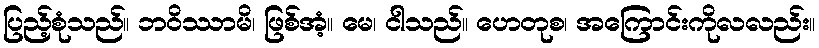
ပြည့်စုံသည်။ ဘဝိဿာမိ၊ ဖြစ်အံ့။ မေ၊ ငါသည်။ ဟေတုစ၊ အကြောင်းကိုလလည်း။